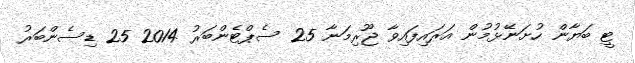
ޓީ ބަޔާން ހުށަނޭޅުމުން އަރައިފައިވާ ޖޫރިމަނާ 25 ސެޕްޓެންބަރު 2014 25 ޑިސެންބަރު